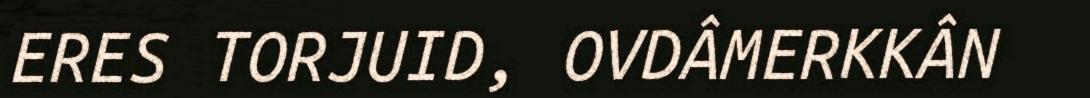
ERES TORJUID, OVDÂMERKKÂN